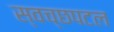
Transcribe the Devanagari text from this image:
स्वच्छपटल